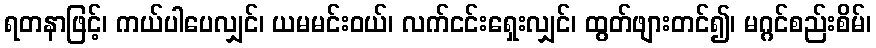
ရတနာဖြင့်၊ ကယ်ပါပေလျှင်၊ ယမမင်းဝယ်၊ လက်ငင်းရှေးလျှင်၊ ထွတ်ဖျားတင်၍၊ မဂ္ဂင်စည်းစိမ်၊